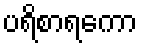
ပရိစာရကော